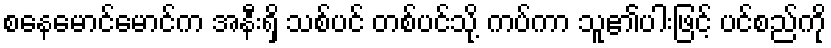
စနေမောင်မောင်က အနီးရှိ သစ်ပင် တစ်ပင်သို့ ကပ်ကာ သူ၏ပါးဖြင့် ပင်စည်ကို